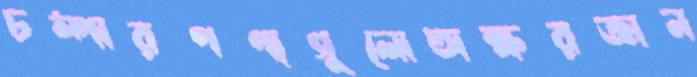
চম্পারপণ্যগুলোঅক্ষরজ্ঞান